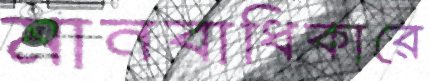
মানবাধিকারে